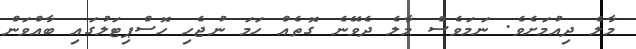
މާލެ ދިއުމަށެވެ. ނަމަވެސް މާލެ ދެވޭނެ ގޮތެއް ހަމަ ނުޖެހި ހޮސްޕިޓަލުގައި ބާއްވަން